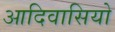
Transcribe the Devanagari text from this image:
आदिवासियो